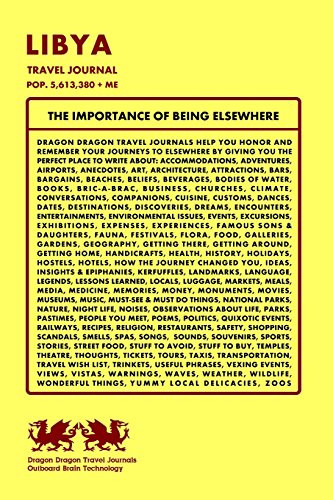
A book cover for Libya Travel Journal, Pop. 5,613,380 + Me; Dragon Dragon Travel Journals; Travel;